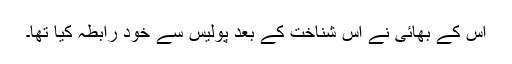
اُس کے بھائی نے اِس شناخت کے بعد پولیس سے خود رابطہ کیا تھا۔